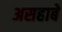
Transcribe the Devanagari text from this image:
असहाबे